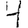
Digit: 4